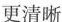
更清晰